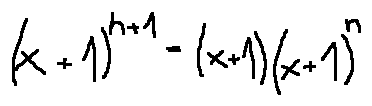
( x + 1 ) ^ { n + 1 } = ( x + 1 ) ( x + 1 ) ^ { n }